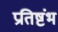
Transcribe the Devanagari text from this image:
प्रतिष्टंभ